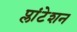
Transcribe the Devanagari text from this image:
प्लांटेशन